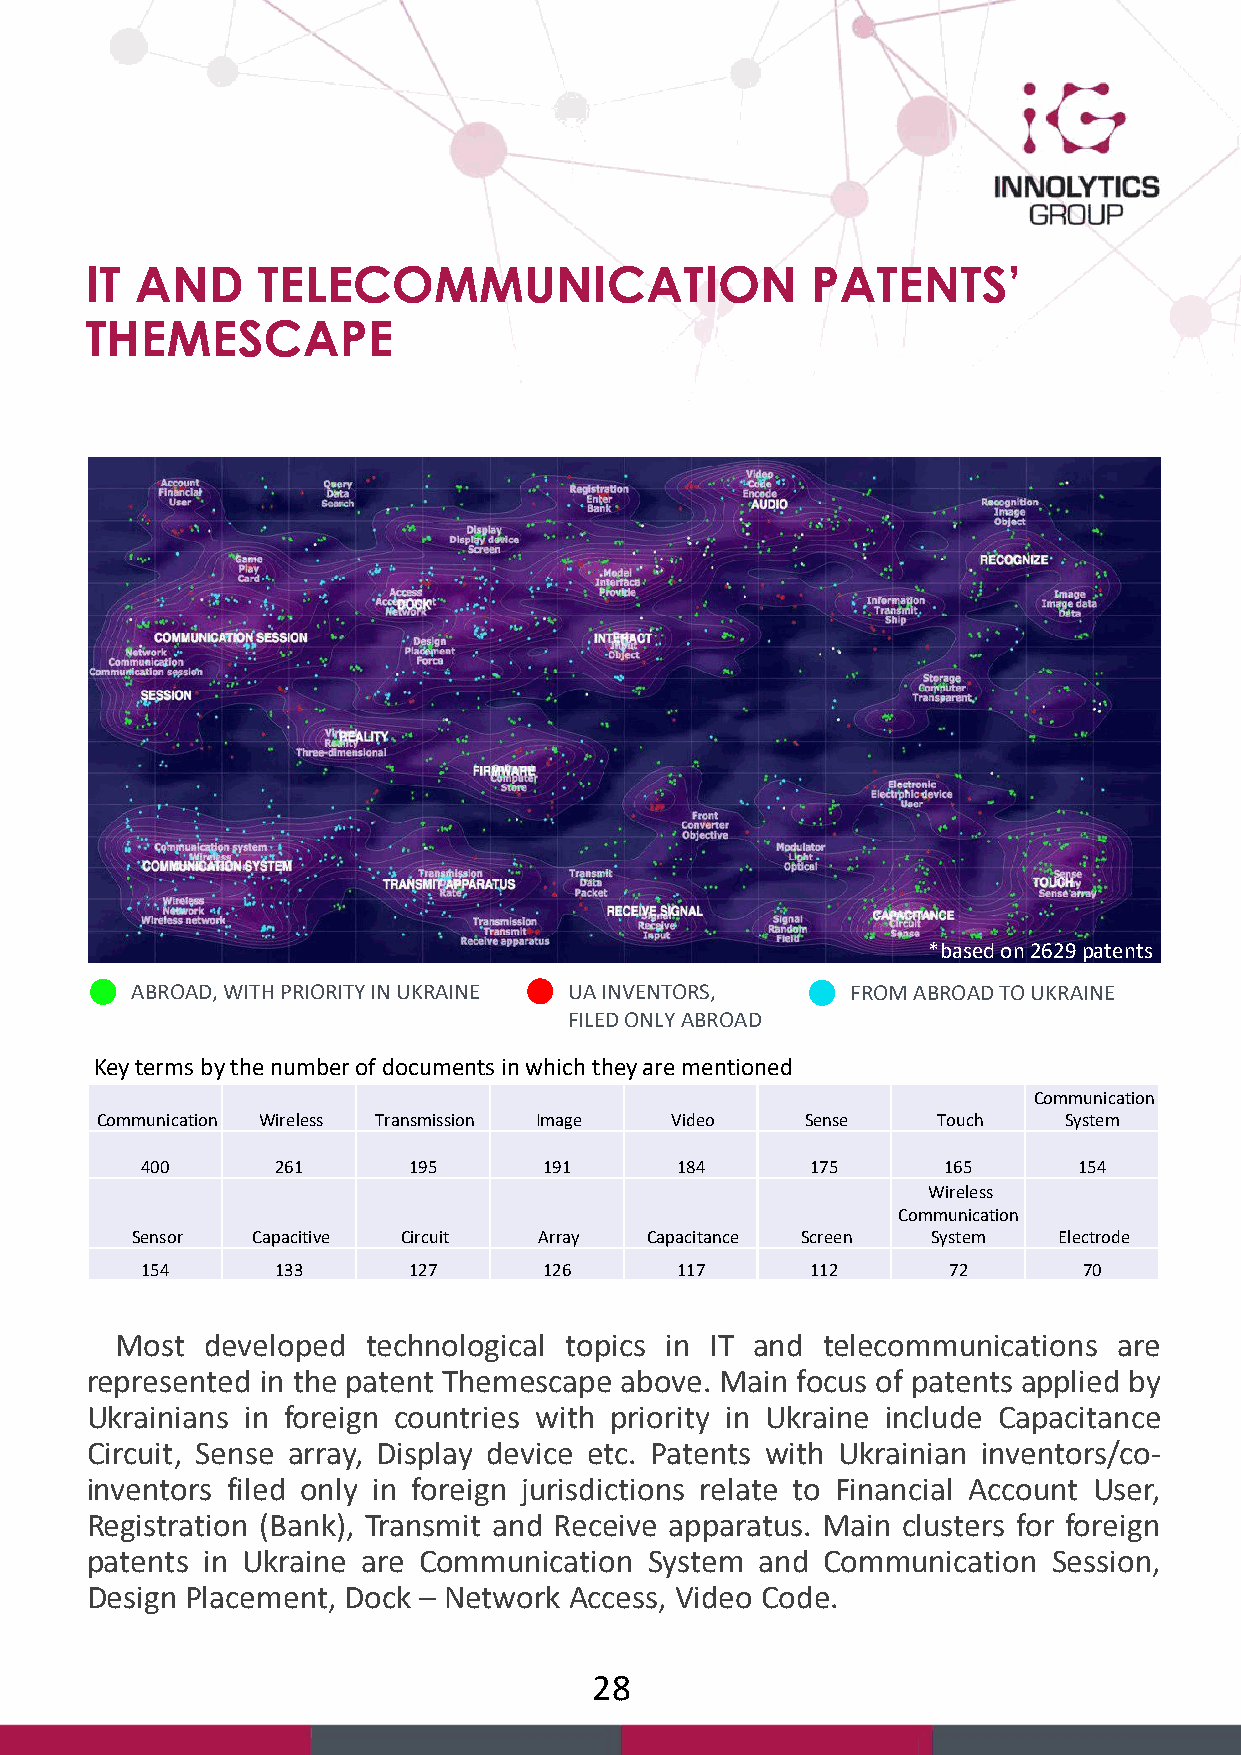
IT AND     TELECOMMUNICATION                    PATENTS’
 THEMESCAPE
 *based on 2629 patents
 ABROAD, WITH PRIORITY IN UKRAINE UA INVENTORS, FROM ABROAD TO UKRAINE
 FILED ONLY ABROAD
 Key terms by the number of documents in which they are mentioned
 Communication
 Communication Wireless Transmission Image Video Sense   Touch   System
 400      261      195      191      184      175     165      154
 Wireless
 Communication
 Sensor  Capacitive Circuit Array  Capacitance Screen System  Electrode
 154      133      127      126      117      112      72       70
 Most  developed technological topics in IT and telecommunications are
 represented in the patent Themescape above. Main focus of patents applied by
 Ukrainians in foreign countries with priority in Ukraine include Capacitance
 Circuit, Sense array, Display device etc. Patents with Ukrainian inventors/co-
 inventors filed only in foreign jurisdictions relate to Financial Account User,
 Registration (Bank), Transmit and Receive apparatus. Main clusters for foreign
 patents in Ukraine are Communication System and Communication   Session,
 Design Placement, Dock – Network Access, Video Code.
 28